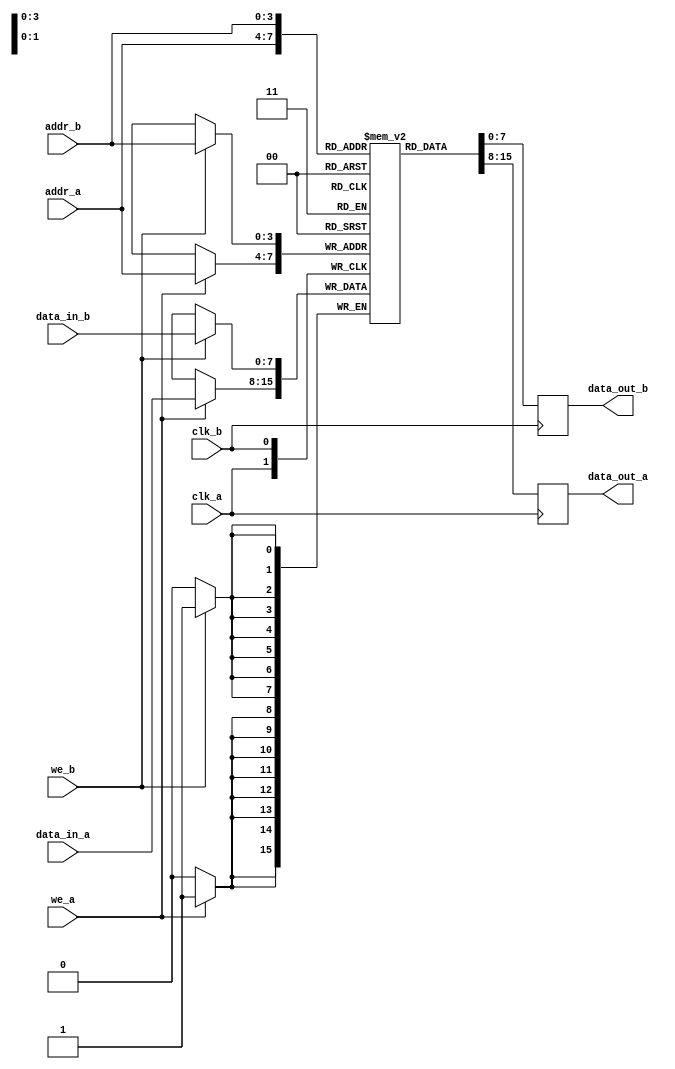
module dpram #(
    parameter DATA_WIDTH = 8,
    parameter ADDR_WIDTH = 4
)(
    input wire clk_a,
    input wire clk_b,
    
    input wire we_a,
    input wire we_b,
    
    input wire [ADDR_WIDTH-1:0] addr_a,
    input wire [ADDR_WIDTH-1:0] addr_b,
    
    input wire [DATA_WIDTH-1:0] data_in_a,
    input wire [DATA_WIDTH-1:0] data_in_b,
    
    output reg [DATA_WIDTH-1:0] data_out_a,
    output reg [DATA_WIDTH-1:0] data_out_b
);

    // Memory Storage
    reg [DATA_WIDTH-1:0] memory [(2**ADDR_WIDTH)-1:0];

    // Port A Read/Write
    always @(posedge clk_a) begin
        if (we_a) begin
            memory[addr_a] <= data_in_a; // Write data to memory
        end
        data_out_a <= memory[addr_a]; // Read data from memory
    end

    // Port B Read/Write
    always @(posedge clk_b) begin
        if (we_b) begin
            memory[addr_b] <= data_in_b; // Write data to memory
        end
        data_out_b <= memory[addr_b]; // Read data from memory
    end

endmodule